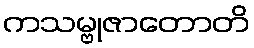
ကသမ္ဗုဇာတောတိ